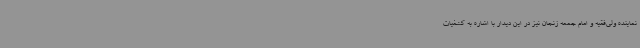
نماینده ولی‌فقیه و امام جمعه زنجان نیز در این دیدار با اشاره به کشفیات